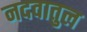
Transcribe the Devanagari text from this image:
नदवातुल